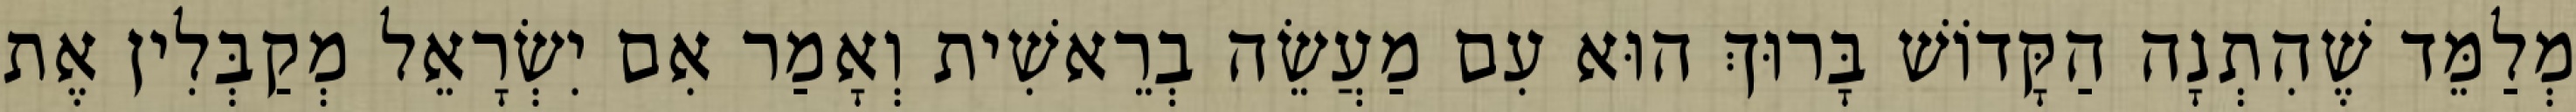
מְלַמֵּד שֶׁהִתְנָה הַקָּדוֹשׁ בָּרוּךְ הוּא עִם מַעֲשֵׂה בְרֵאשִׁית וְאָמַר אִם יִשְׂרָאֵל מְקַבְּלִין אֶת